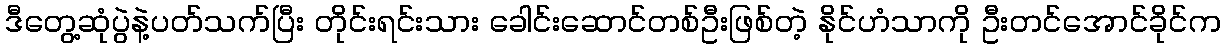
ဒီတွေ့ဆုံပွဲနဲ့ပတ်သက်ပြီး တိုင်းရင်းသား ခေါင်းဆောင်တစ်ဦးဖြစ်တဲ့ နိုင်ဟံသာကို ဦးတင်အောင်ခိုင်က